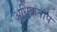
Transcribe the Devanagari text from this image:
अधिकताप